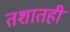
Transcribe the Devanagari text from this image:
तशातही